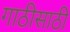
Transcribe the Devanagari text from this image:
गाठीसाठी